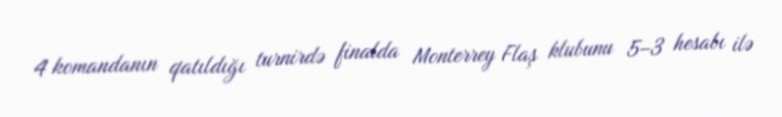
4 komandanın qatıldığı turnirdə finalda Monterrey Flaş klubunu 5–3 hesabı ilə